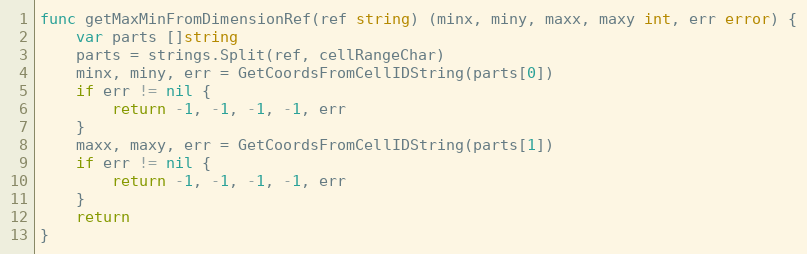
Language: Go
func getMaxMinFromDimensionRef(ref string) (minx, miny, maxx, maxy int, err error) {
	var parts []string
	parts = strings.Split(ref, cellRangeChar)
	minx, miny, err = GetCoordsFromCellIDString(parts[0])
	if err != nil {
		return -1, -1, -1, -1, err
	}
	maxx, maxy, err = GetCoordsFromCellIDString(parts[1])
	if err != nil {
		return -1, -1, -1, -1, err
	}
	return
}